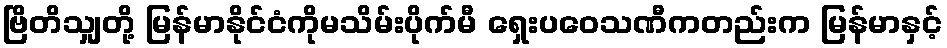
ဗြိတိသျှတို့ မြန်မာနိုင်ငံကိုမသိမ်းပိုက်မီ ရှေးပဝေသဏီကတည်းက မြန်မာနှင့်